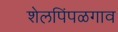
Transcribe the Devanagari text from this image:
शेलपिंपळगाव